Vaccination in Bombay 1889-1901 - 1889-1901
Year: 1889
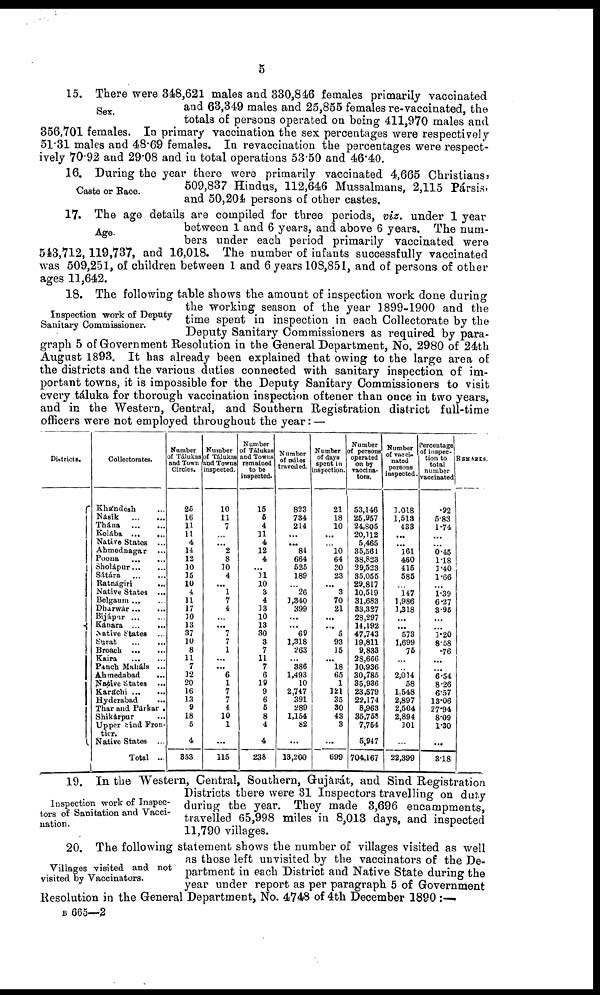
5
Sex.
15. There were 348,621 males and 330,846 females primarily vaccinated
and 63,349 males and 25,855 females re-vaccinated, the
totals of persons operated on being 411,970 males and
356,701 females. In primary vaccination the sex percentages were respectively
51.31 males and 48.69 females. In revaccination the percentages were respect-
ively 70.92 and 29.08 and in total operations 53.50 and 46.40.
Caste or Race.
16. During the year there were primarily vaccinated 4,665 Christians,
509,837 Hindus, 112,646 Mussalmans, 2,115 Pársis
and 50,204 persons of other castes.
Age.
17. The age details are compiled for three periods, viz. under 1 year
between 1 and 6 years, and above 6 years. The num-
bers under each period primarily vaccinated were
543, 712, 119, 737, and 16,018. The number of infants successfully vaccinated
was 509,251, of children between 1 and 6 years 108,851, and of persons of other
ages 11,642.
Inspection work of Deputy
Sanitary Commissioner.
18. The following table shows the amount of inspection work done during
the working season of the year 1899-1900 and the
time spent in inspection in each Collectorate by the
Deputy Sanitary Commissioners as required by para-
graph 5 of Government Resolution in the General Department, No. 2980 of 24th
August 1893. It has already been explained that owing to the large area of
the districts and the various duties connected with sanitary inspection of im-
portant towns, it is impossible for the Deputy Sanitary Commissioners to visit
every táluka for thorough vaccination inspection oftener than once in two years,
and in the Western, Central, and Southern Registration district full-time
officers were not employed throughout the year: —
Districts.
Collectorates.
Khándesh ...
Násik
...
...
Thána
...
...
Kolába
...
...
Native States
...
Ahmednagar ...
Poona
...
...
Sholápur
...
...
Sátára
...
...
Ratnágiri
...
Native States
...
Belgaum ... ...
Dharwár
...
...
Bijápar
...
...
Kánara
...
...
Native States ...
Surat
...
...
Broach
...
...
Kaira
...
...
Panch Maháls ...
Ahmedabad
...
Native States ...
Karáchi
...
...
Hyderabad ...
Thar and Párkar .
Shikàrpur ...
Upper Sind Fron-
-----
Native States
...
Total ...
Number
of Tálukas
and Town
Circles.
25
16
11
11
4
14
12
10
15
10
4
11
17
10
13
37
10
8
11
7
12
20
16
13
9
18
5
4
353
Number
of Tálukas
and Towns
inspected.
10
11
7
...
... 2
8
10
4
...
1
7
4
...
...
7
7
1
...
...
6
1
7
7
4
10
1
...
115
Number
of Tálukas
and Towns
remained
to be
inspected.
15
5
4
11
4
12
4
...
11
10
3
4
13
10
13
30
3
7
11
7
6
19
9
6
5
8
4
4
238
Number
of miles
travelled.
823
734
214
...
... 84
664
525
189
...
26
1,340
399
...
... 69
1,318
263
...
386
1,493
10
2,747
391
289
1,154
82
...
13,200
Number
of days
spent in
inspection.
21
18
10
...
...
10
64
30
23
...
3
70
21
...
... 5
93
15
...
18
65
1
121
35
30
43
3
...
699
Number
of persons
operated
on by
vaccina¬
tors.
53,146
25,957
24,805
20,112
5,465
35,561
38,823
29,523
35,055
29,817
10,519
31,683
33,327
28,297
14,192
47,743
19,811
9,833
28,666
10,936
30,785
35,936
23,579
22,174
8,963
35,758
7,754
5,947
704,167
Number
of vacci¬
nated
persons
inspected.
1,018
1,513
433
...
... 161
460
415
585
...
l47
1,986
1,318
...
...
573
1,699
75
...
...
2,014
58
1,548
2,897
2,504
2,894
301
...
22,399
Percentage
of inspec¬
tion to
total
number
vaccinated
.92
5.83
1.74
...
...
0.45
1.18
3.40
1.66
...
1.39
6.27
3.95
...
...
1.20
8.58
.76
...
...
6.54
8.26
6.57
13.06
27.94
8.09
1.30
...
3.18
REMARKS.
Inspection work of Inspec-
tors of Sanitation and Vacci-
nation.
19. In the Western, Central, Southern, Gujarát, and Sind Registration
Districts there were 31 Inspectors travelling on duty
during the year. They made 3,696 encampments,
travelled 65,998 miles in 8,013 days, and inspected
11,790 villages.
Villages visited and not
visited by Vaccinators.
20. The following statement shows the number of villages visited as well
as those left unvisited by the vaccinators of the De-
partment in each District and Native State during the
year under report as per paragraph 5 of Government
Resolution in the General Department, No. 4748 of 4th December 1890 :—
B 665—2